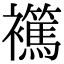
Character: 𧞶